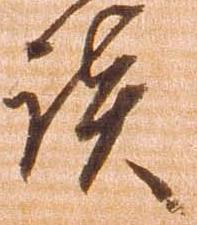
談